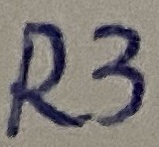
Text: R3